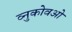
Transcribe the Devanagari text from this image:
व्नुकोवओ